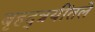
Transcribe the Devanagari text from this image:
बृहद्त्रयींतले